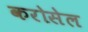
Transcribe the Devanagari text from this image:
करोसेल